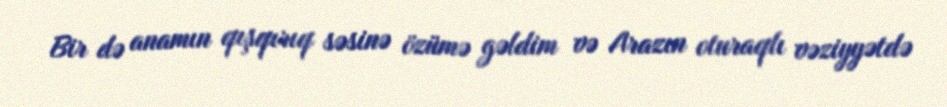
Bir də anamın qışqırıq səsinə özümə gəldim və Arazın oturaqlı vəziyyətdə